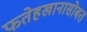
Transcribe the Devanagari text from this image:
फतेहखानासोबत